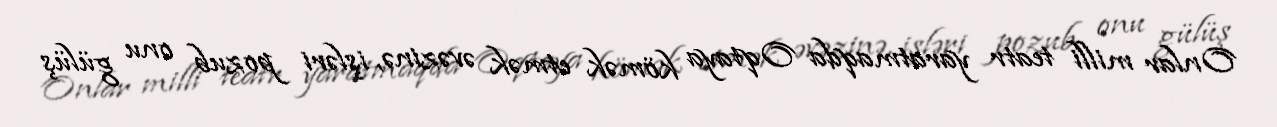
Onlar milli teatr yaratmaqda Oqtaya kömək etmək əvəzinə, işləri pozub onu gülüş